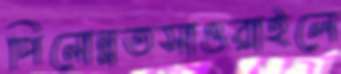
পিনোন্নতসাওরাইলে